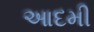
આદમી